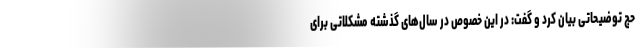
حج توضیحاتی بیان کرد و گفت: در این خصوص در سال‌های گذشته مشکلاتی برای